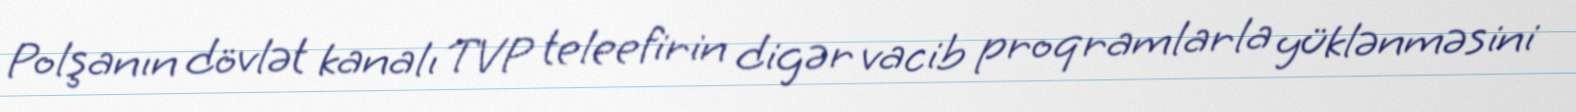
Polşanın dövlət kanalı TVP teleefirin digər vacib proqramlarla yüklənməsini